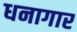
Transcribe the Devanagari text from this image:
धनागार